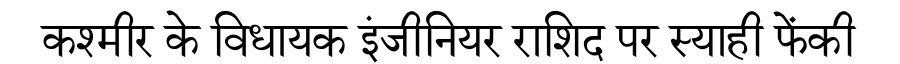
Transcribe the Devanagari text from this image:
कश्मीर के विधायक इंजीनियर राशिद पर स्याही फेंकी